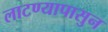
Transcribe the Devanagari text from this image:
लाटण्यापासुन